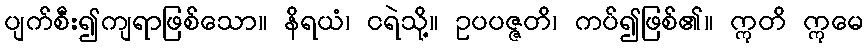
ပျက်စီး၍ကျရာဖြစ်သော။ နိရယံ၊ ငရဲသို့။ ဥပပဇ္ဇတိ၊ ကပ်၍ဖြစ်၏။ ဣတိ ဣမေ